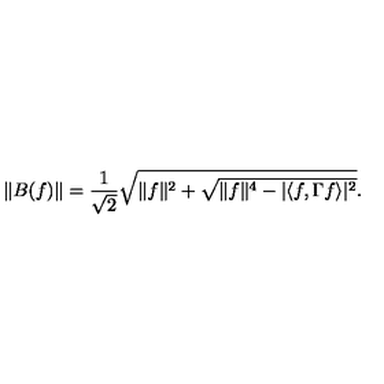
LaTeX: \| B ( f ) \| = \frac { 1 } { \sqrt { 2 } } \sqrt { \| f \| ^ { 2 } + \sqrt { \| f \| ^ { 4 } - | \langle f , \Gamma f \rangle | ^ { 2 } } } .